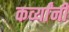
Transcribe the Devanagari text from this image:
कर्व्यांनी